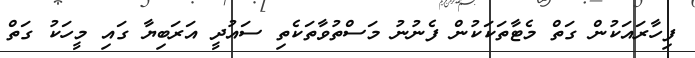
ފިހާރައަކުން ގަތް މެޓާތަކަކުން ފެނުނު މަސްތުވާތަކެތި ސައުދީ އަރަބިޔާ ގައި މީހަކު ގަތް